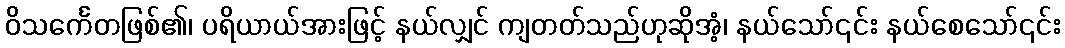
ဝိသင်္ကေတဖြစ်၏၊ ပရိယာယ်အားဖြင့် နယ်လျှင် ကျတတ်သည်ဟုဆိုအံ့၊ နယ်သော်၎င်း နယ်စေသော်၎င်း